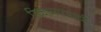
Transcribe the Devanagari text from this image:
रिकामपणची